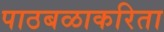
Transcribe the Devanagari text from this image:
पाठबळाकरिता